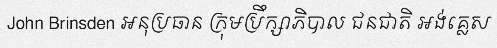
John Brinsden អនុប្រធាន ក្រុមប្រឹក្សាភិបាល ជនជាតិ អង់គ្លេស